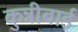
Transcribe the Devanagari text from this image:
कुन्नीबाई